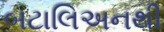
બટાલિઅનથી